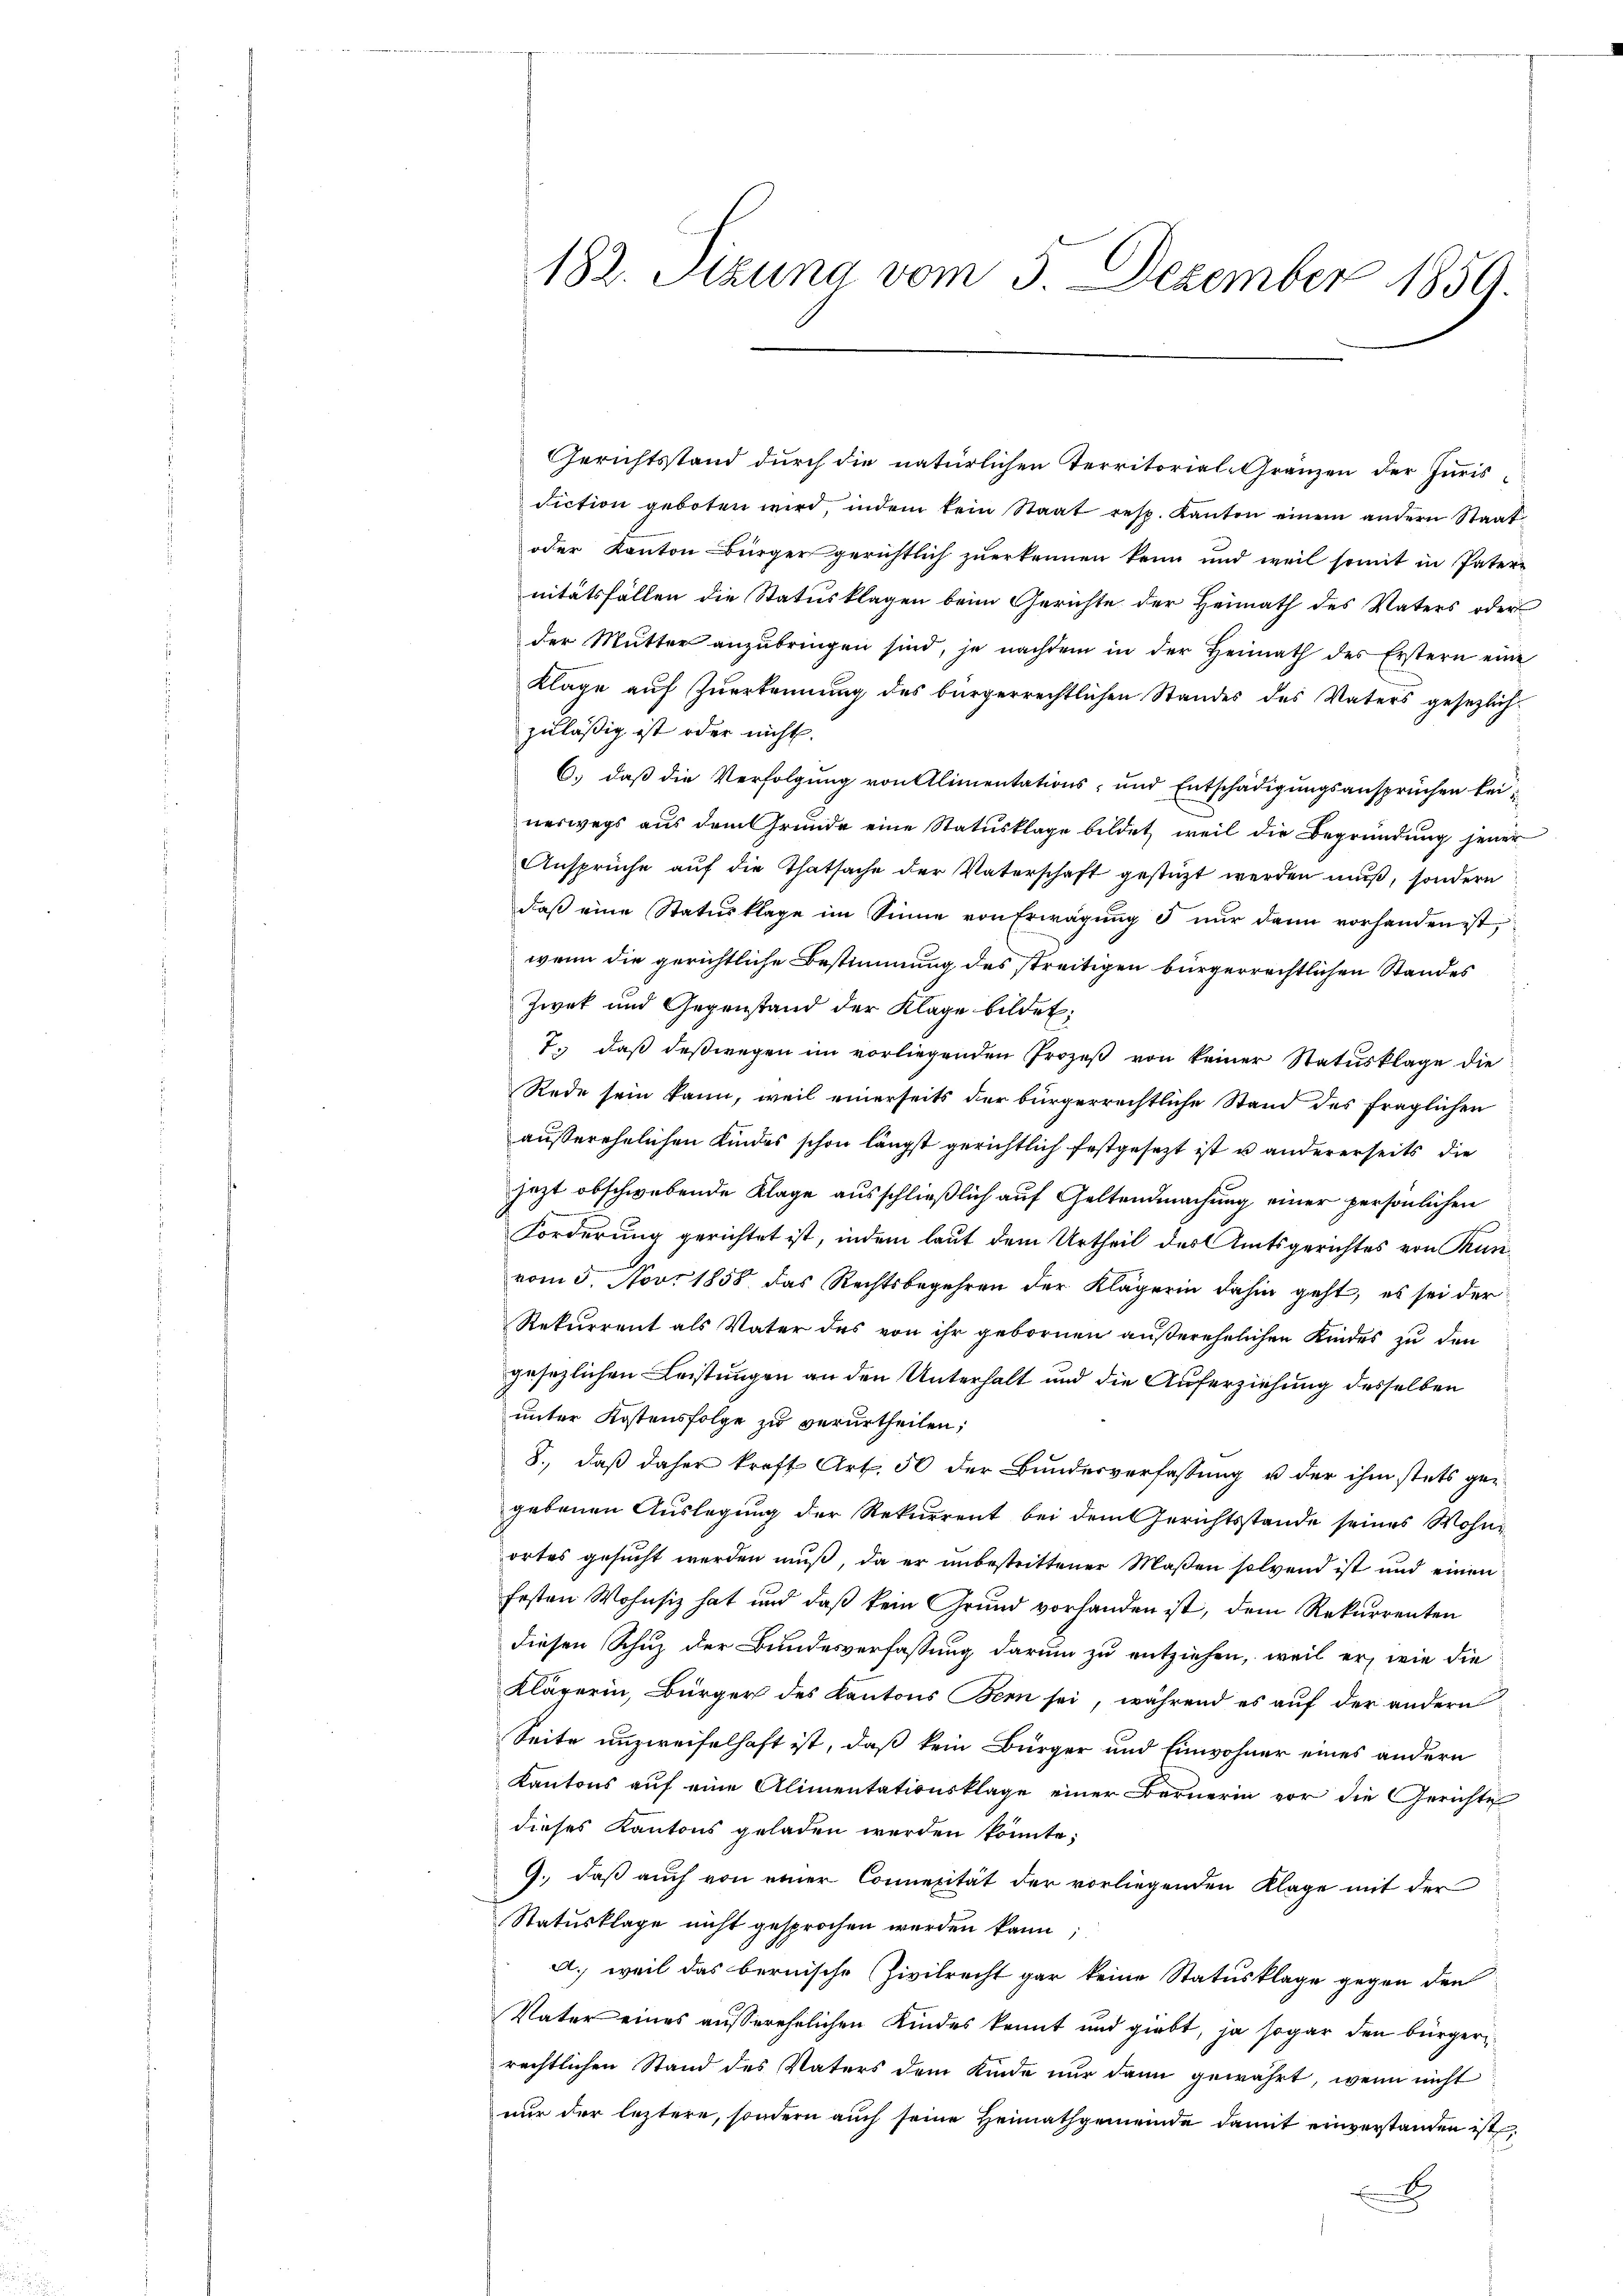
182. Stzung vom 3. Dezember 1859.

Gerichtsstand durch die natürlichen Territorial-Gränzen der Juris-
Fiction geboten wird, indem kein Staat resp. Kanton einem andern Staat
oder Kanton Bürger gerichtlich zuerkennen kann und weil somit in Pater-
nitätsfällen die Statusklagen beim Gerichte der Heimath des Vaters oder
der Mutter anzŭbringen sind, je nachdem in der Heimath des Erstern eine
Kläge auf Zuerkennung des bürgerrechtlichen Standes des Vaters gesezlichzuläßig ist oder nicht.
6.) daß die Verfolgung von Alimentations- und Entschädigungsansprüchen keinerwegs aus dem Grunde eine Statusklage bildet, weil die Begründung jener
Ansprüche aŭf die Thatsache der Vaterschaft gestützt werden muß, sondern
daβ eine Statusklage im Sinne von Erwägŭng u nŭr dann vorhanden ist,
wenn die gerichtliche Bestimmung des streitigen bürgerrechtlichen Standes
Zwek und Gegenstand der Klage bildet;
7. daß deßwegen im vorliegenden Prozeβ von keiner Statusklage die
Rede sein kann, weil einerseits der bürgerrechtliche Stand des fraglichen
außerehelichen Kindes schon längst gerichtlich festgesezt ist u andererseits die
jezt obschwebende Klage ausschließlich auf Geltendmachung einer persönlichen
Forderung gerichtet ist, indem laut dem Urtheil des Amtsgerichtes von Kunvom 5. Nov. 1858 das Rechtsbegehren der Klägerin dahin geht, es sei der
Rekurrent als Vater des von ihr gebornen außerehelichen Kindes zu den
gesezlichen Leistungen an den Unterhalt und die Auferziehung desselben
unter Kostensfolge zu verurtheilen;
8., daß daher kraft Art. 50 der Bundesverfassung u der ihm stets gegebenen Auslegung der Rekurrent bei dem Gerichtsstande seines Wohnortes gesucht werden muß, da er unbestrittener Maßen solvend ist und einen
festen Wohnsiz hat und daß kein Grund vorhanden ist, dem Rekurrenten
diesen Schuz der Bundesverfassung darum zu entziehen, weil er, wie die
Klärerin, Bürger des Kantons Bern sei, während es auf der andern
Seite unzweifelhaft ist, daß kein Bürger und Einwohner eines andern
Kantons auf eine Alimentationsklage einer Bernerin vor die Gerichte
dieses Kantons geladen werden könnte;
9. daß auch von einer Connerität der vorliegenden Klage mit der
Statusklage nicht gesprochen werden kann;
A., weil das bernische Zivilrecht gar keine Statusklage gegen den
Vater eines außerehelichen Kindes kannt und giebt, ja sogar den bürgerrechtlichen Stand des Vaters dem Kinde nur dann gewährt, wenn nicht
nur der leztere, sondern auch seine Heimathgemeinde damit einverstanden ist,